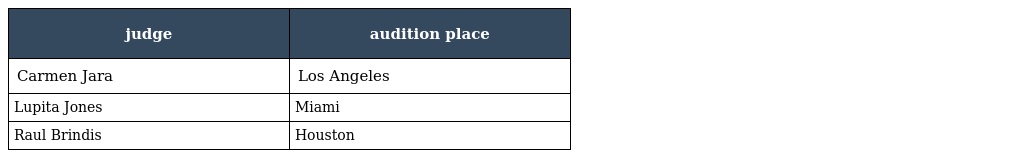
| judge | audition place |
 | --- | --- |
 | Carmen Jara | Los Angeles |
 | Lupita Jones | Miami |
 | Raul Brindis | Houston |